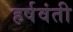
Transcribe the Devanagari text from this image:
हर्षवंती